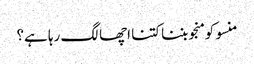
منسو کو منجو بننا کتنا اچھا لگ رہا ہے؟